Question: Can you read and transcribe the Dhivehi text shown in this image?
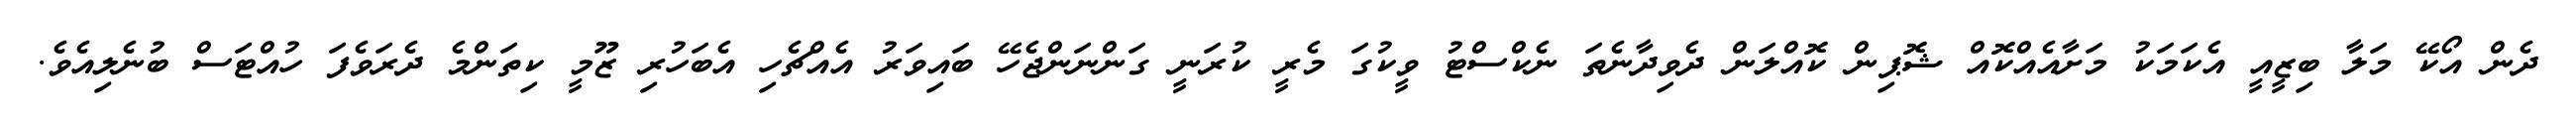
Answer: ދެން އޯކޭ މަލާ ބިޒީއީ އެކަމަކު މަށާއެއްކޮއް ޝޮޕިން ކޮއްލަން ދެވިދާނެތަ ނެކްސްޓު ވީކުގަ މެރީ ކުރަނީ ގަންނަންޖެހޭ ބައިވަރު އެއްޗެހި އެބަހުރި ޒޫމީ ކިތަންމެ ދެރަވެފަ ހުއްޓަސް ބުނެލިއެވެ.